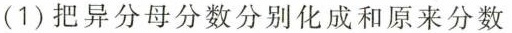
(1)把异分母分数分别化成和原来分数